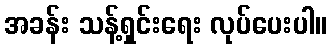
အခန်း သန့်ရှင်းရေး လုပ်ပေးပါ။